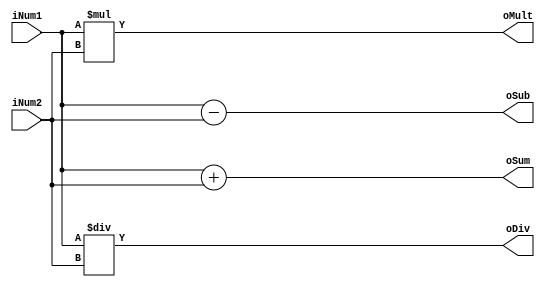
/************************************************
4bit

Verilog-2001

input    iNum1,iNum2  4bit
      output   oSum    5bit
               oSub    4bit
               oDiv    4bit
               oMult   8bit					
      

       + - * / 
		
2017/12/27  
************************************************/
module operation(
input 		[3:0]	iNum1,iNum2,
output reg	[4:0] oSum,
output reg	[3:0]	oSub,oDiv,
output reg	[7:0]	oMult);
always @(iNum1,iNum2)
begin
	oSum = iNum1 + iNum2;
	oSub = iNum1 - iNum2;
	oDiv = iNum1 / iNum2;
	oMult = iNum1 * iNum2;
end
endmodule